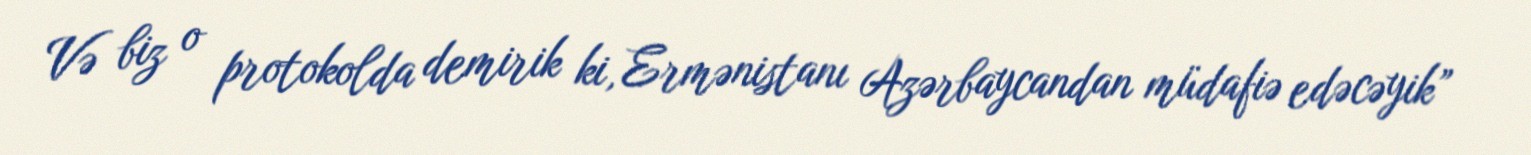
Və biz o protokolda demirik ki, Ermənistanı Azərbaycandan müdafiə edəcəyik”